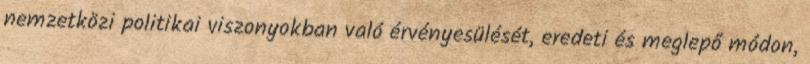
nemzetközi politikai viszonyokban való érvényesülését, eredeti és meglepő módon,